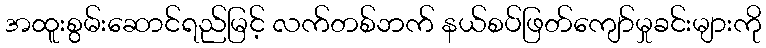
အထူးစွမ်းဆောင်ရည်မြင့် လက်တစ်ဘက် နယ်စပ်ဖြတ်ကျော်မှုခင်းများကို